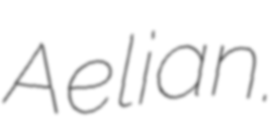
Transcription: Aelian.